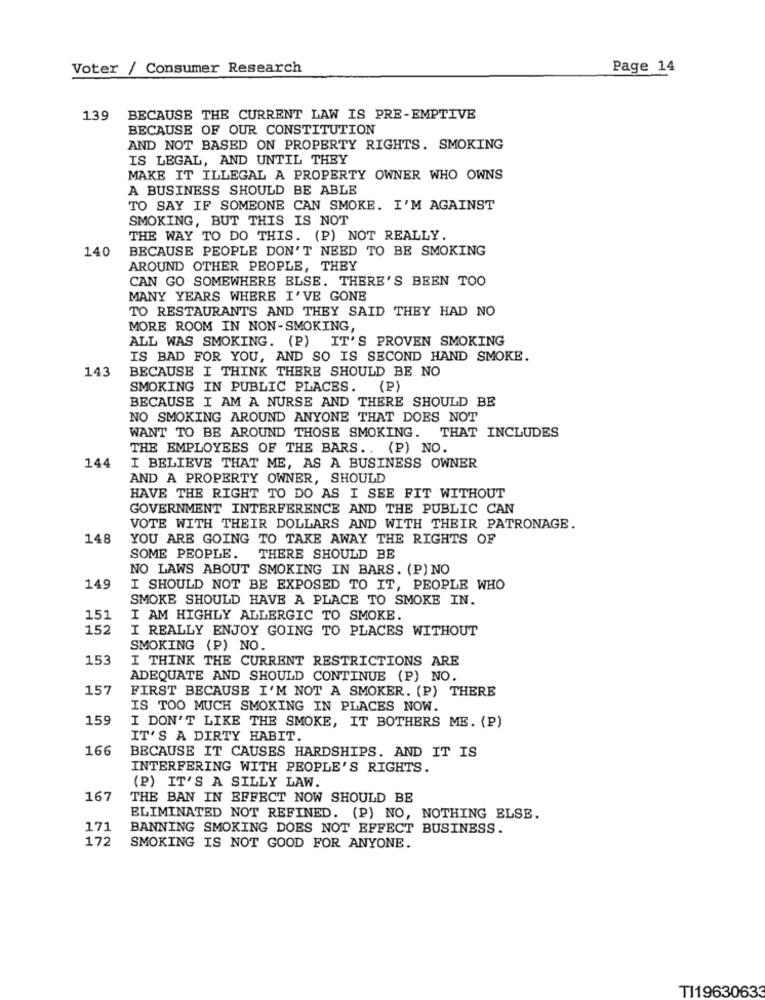
Voter / Consumer Research
Page 14
139
BECAUSE THE CURRENT LAW IS PRE-EMPTIVE
BECAUSE OF OUR CONSTITUTION
AND NOT BASED ON PROPERTY RIGHTS. SMOKING
IS LEGAL, AND UNTIL THEY
MAKE IT ILLEGAL A PROPERTY OWNER WHO OWNS
A BUSINESS SHOULD BE ABLE
TO SAY IF SOMEONE CAN SMOKE. I'M AGAINST
SMOKING, BUT THIS IS NOT
THE WAY TO DO THIS. (P) NOT REALLY.
140
BECAUSE PEOPLE DON'T NEED TO BE SMOKING
AROUND OTHER PEOPLE, THEY
CAN GO SOMEWHERE ELSE. THERE'S BEEN TOO
MANY YEARS WHERE I'VE GONE
TO RESTAURANTS AND THEY SAID THEY HAD NO
MORE ROOM IN NON-SMOKING,
ALL WAS SMOKING. (P) IT'S PROVEN SMOKING
IS BAD FOR YOU, AND SO IS SECOND HAND SMOKE.
143
BECAUSE I THINK THERE SHOULD BE NO
SMOKING IN PUBLIC PLACES. (P)
BECAUSE I AM A NURSE AND THERE SHOULD BE
NO SMOKING AROUND ANYONE THAT DOES NOT
WANT TO BE AROUND THOSE SMOKING. THAT INCLUDES
THE EMPLOYEES OF THE BARS .. (P) NO.
144
I BELIEVE THAT ME, AS A BUSINESS OWNER
AND A PROPERTY OWNER, SHOULD
HAVE THE RIGHT TO DO AS I SEE FIT WITHOUT
GOVERNMENT INTERFERENCE AND THE PUBLIC CAN
VOTE WITH THEIR DOLLARS AND WITH THEIR PATRONAGE.
148
YOU ARE GOING TO TAKE AWAY THE RIGHTS OF
SOME PEOPLE.
THERE SHOULD BE
NO LAWS ABOUT SMOKING IN BARS. (P) NO
149
I SHOULD NOT BE EXPOSED TO IT, PEOPLE WHO
SMOKE SHOULD HAVE A PLACE TO SMOKE IN.
151
I AM HIGHLY ALLERGIC TO SMOKE.
152
I REALLY ENJOY GOING TO PLACES WITHOUT
SMOKING (P) NO.
153
I THINK THE CURRENT RESTRICTIONS ARE
ADEQUATE AND SHOULD CONTINUE (P) NO.
157
FIRST BECAUSE I'M NOT A SMOKER. (P) THERE
IS TOO MUCH SMOKING IN PLACES NOW.
159
I DON'T LIKE THE SMOKE, IT BOTHERS ME. (P)
IT'S A DIRTY HABIT.
166
BECAUSE IT CAUSES HARDSHIPS. AND IT IS
INTERFERING WITH PEOPLE'S RIGHTS.
(P) IT'S A SILLY LAW.
167
THE BAN IN EFFECT NOW SHOULD BE
ELIMINATED NOT REFINED. (P) NO, NOTHING ELSE.
171
BANNING SMOKING DOES NOT EFFECT BUSINESS.
172
SMOKING IS NOT GOOD FOR ANYONE.
TI19630633